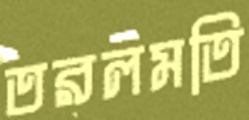
তরলমতি